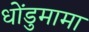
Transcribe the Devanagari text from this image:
धोंडुमामा